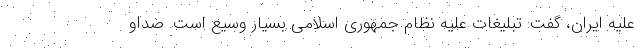
علیه ایران، گفت: تبلیغات علیه نظام جمهوری اسلامی بسیار وسیع است. صداو